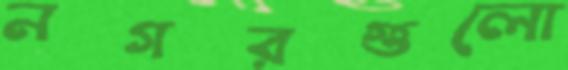
নগরগুলো